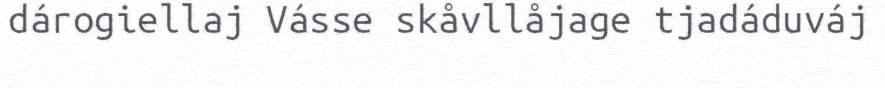
dárogiellaj Vásse skåvllåjage tjadáduváj